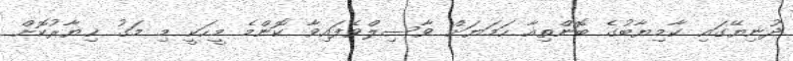
ދުނިޔޭގައި ކާމިޔާބުގެ ބޮންތިއާ ހަމަޔަށް ވާސިލްވެފައިވާ ކޮންމެ މީހަކީ މި މަގު ޚިޔާރުކޮށް